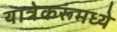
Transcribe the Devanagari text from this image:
यात्रेकरूंमध्ये